Indian journal of veterinary science and animal husbandry - Volume 10,
Year: 1940
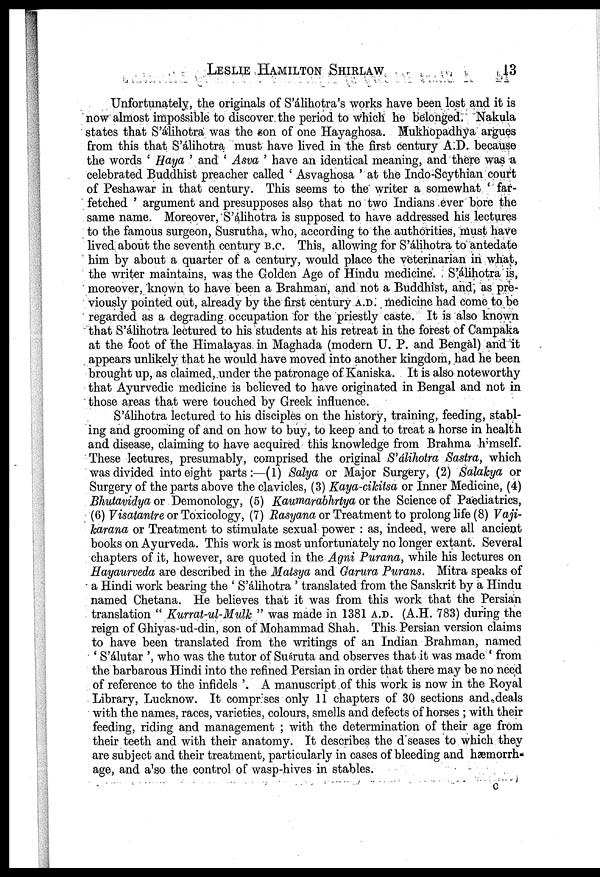
LESLIE HAMILTON SHIRLAW 13
Unfortunately, the originals of S'álihotra's works have been lost and it is
now almost impossible to discover the period to which he belonged. Nakula
states that S'álihotra was the son of one Hayaghosa. Mukhopadhya argues
from this that S'álihotra must have lived in the first century A.D. because
the words ' Haya ' and ' Asva ' have an identical meaning, and there was a
celebrated Buddhist preacher called ' Asvaghosa ' at the Indo-Scythian court
of Peshawar in that century. This seems to the writer a somewhat ' far
fetched ' argument and presupposes also that no two Indians ever bore the
same name. Moreover, S'álihotra is supposed to have addressed his lectures
to the famous surgeon, Susrutha, who, according to the authorities, must have
lived about the seventh century B.C. This, allowing for S'álihotra to antedate
him by about a quarter of a century, would place the veterinarian in what,
the writer maintains, was the Golden Age of Hindu medicine. S'álihotra is,
moreover, known to have been a Brahman, and not a Buddhist, and, as pre
viously pointed out, already by the first century A.D. medicine had come to be
regarded as a degrading occupation for the priestly caste. It is also known
that S'álihotra lectured to his students at his retreat in the forest of Campaka
at the foot of the Himalayas in Maghada (modern U. P. and Bengal) and it
appears unlikely that he would have moved into another kingdom, had he been
brought up, as claimed, under the patronage of Kaniska. It is also noteworthy
that Ayurvedic medicine is believed to have originated in Bengal and not in
those areas that were touched by Greek influence.
S'álihotra lectured to his disciples on the history, training, feeding, stabl
ing and grooming of and on how to buy, to keep and to treat a horse in health
and disease, claiming to have acquired this knowledge from Brahma himself.
These lectures, presumably, comprised the original S'álihotra Sastra, which
was divided into eight parts:—(1) Salya or Major Surgery, (2) Salakya or
Surgery of the parts above the clavicles, (3) Kaya-cikitsa or Inner Medicine, (4)
Bhutavidya or Demonology, (5) Kaumarabhrtya or the Science of Paediatrics,
(6) Visatantre or Toxicology, (7) Rasyana or Treatment to prolong life (8) Vaji¬
karana or Treatment to stimulate sexual power : as, indeed, were all ancient
books on Ayurveda. This work is most unfortunately no longer extant. Several
chapters of it, however, are quoted in the Agni Purana, while his lectures on
Hayaurveda are described in the Matsya and Garura Purans. Mitra speaks of
a Hindi work bearing the ' S'álihotra ' translated from the Sanskrit by a Hindu
named Chetana. He believes that it was from this work that the Persian
translation " Kurrat-ul-Mulk " was made in 1381 A.D. (A.H. 783) during the
reign of Ghiyas-ud-din, son of Mohammad Shah. This Persian version claims
to have been translated from the writings of an Indian Brahman, named
' S'álutar ', who was the tutor of Suśruta and observes that it was made ' from
the barbarous Hindi into the refined Persian in order that there may be no need
of reference to the infidels '. A manuscript of this work is now in the Royal
Library, Lucknow. It comprises only 11 chapters of 30 sections and deals
with the names, races, varieties, colours, smells and defects of horses ; with their
feeding, riding and management ; with the determination of their age from
their teeth and with their anatomy. It describes the d seases to which they
are subject and their treatment, particularly in cases of bleeding and hæmorrh¬
age, and also the control of wasp-hives in stables.